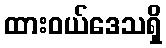
ထားဝယ်ဒေသရှိ